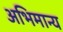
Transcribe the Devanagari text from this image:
अभिमान्य